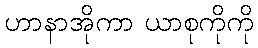
ဟာနာအိုကာ ယာစုကိုကို